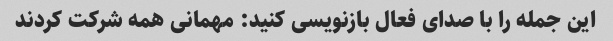
این جمله را با صدای فعال بازنویسی کنید: مهمانی همه شرکت کردند